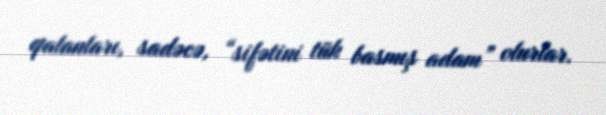
qalanları, sadəcə, “sifətini tük basmış adam” olurlar.